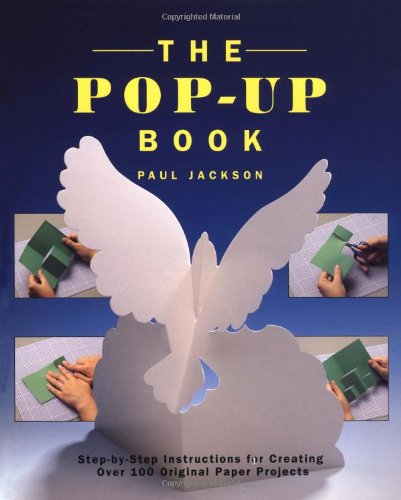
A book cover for The Pop-Up Book: Step-by-Step Instructions for Creating Over 100 Original Paper Projects; Paul Jackson; Crafts, Hobbies & Home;